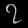
Digit: ၇